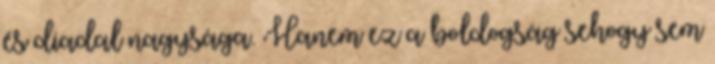
és diadal nagysága. Hanem ez a boldogság sehogy sem